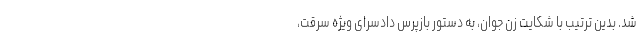
شد. بدین ترتیب با شکایت زن جوان، به دستور بازپرس دادسرای ویژه سرقت،